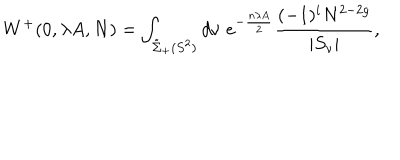
LaTeX: W ^ { + } ( 0 , \lambda A , N ) = \int _ { \tilde { \Sigma } _ { + } ( S ^ { 2 } ) } d \nu \; e ^ { - \frac { n \lambda A } { 2 } } \frac { ( - 1 ) ^ { i } N ^ { 2 - 2 g } } { | S _ { \nu } | } ,